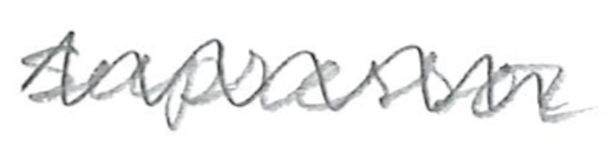
Text: suppressor
Cross-out: zig-zag
Writing tool: pencil